Burma Government Medical School reports 1923-41
Year: 1923
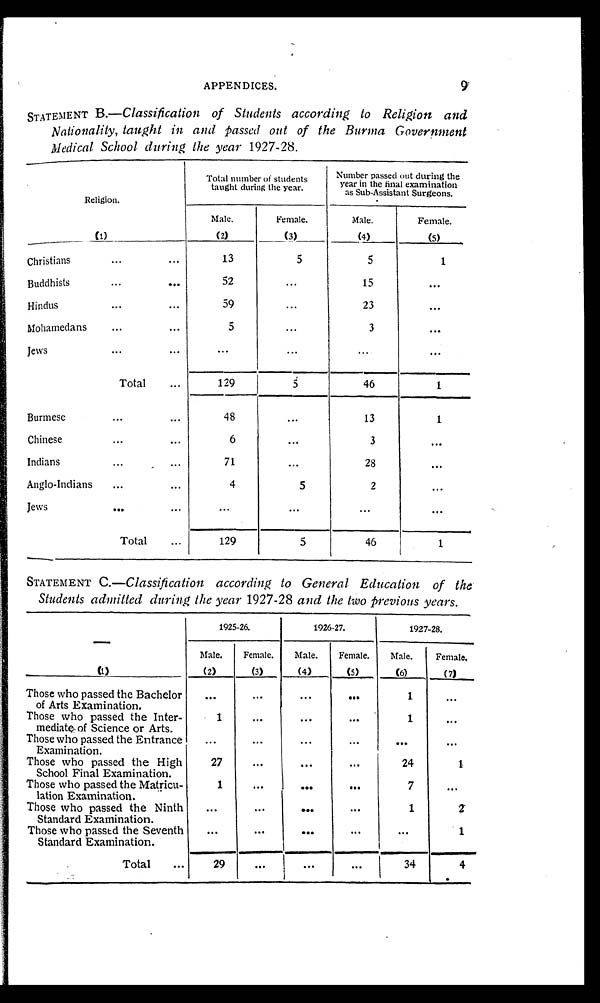
APPENDICES.
9
STATEMENT B. —Classification of Students according to Religion and
Nationality, taught in and passed out of the Burma Government
Medical School during the year 1927-28.
Religion.
Total number of students
taught during the year.
Number passed out during the
year in the final examination
as Sub-Assistant Surgeons.
(1)
Male.
(2)
Female.
(3)
Male.
(4)
Female.
(5)
C h r i s t i a n s
13
5
5
1
B u d d h i s t s
52
...
15
...
Hindus
59
...
23
. . .
Mohamedans
5
. . .
3
. . .
Jews
. . .
. . .
. . .
. . .
Total
129
5
46
1
Burmese
48
...
13
1
Chinese
6
...
3
. . .
Indians
71
. . .
28
. . .
Anglo-Indians
4
5
2
...
Jews
. . .
. . .
. . .
. . .
Total
129
5
46
1
STATEMENT C. —Classification according to General Education of the
Students admitted during the year 1927-28 and the two previous years.
(1)
1925-26.
1926-27.
1927-28.
Male.
(2)
Female.
(3)
Male.
(4)
Female.
(5)
Male.
(6)
Female.
(7)
Those who passed the Bachelor
of Arts Examination.
...
. . .
. . .
. . .
1
. . .
Those who passed the Inter-
mediate of Science or Arts.
1
. . .
. . .
. . .
1
. . .
Those who passed the Entrance
Examination.
...
...
. . .
. . .
. . .
. . .
Those who passed the High
School Final Examination.
27
...
. . . ...
24
1
Those who passed the Matricu-
lation Examination.
1
. . .
. . .
. . .
7
...
Those who passed the Ninth
Standard Examination.
...
...
. . . . . .
1
2
Those who passed the Seventh
Standard Examination.
. . .
. . .
. . .
. . .
. . .
1
Total
29
. . .
...
...
34
4